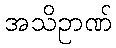
အသိဥာဏ်